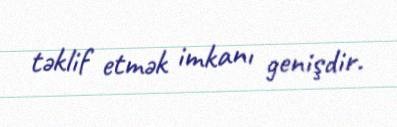
təklif etmək imkanı genişdir.